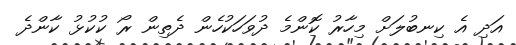
އަދި އެ ކިނބުލަށް މިހާރު ކޮންމެ ދުވަހަކުހެން ދެތިން ރޯ ކުކުޅު ކާންދެ